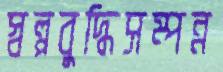
স্বল্পবুদ্ধিসম্পন্ন